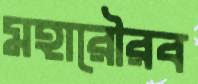
মহারৌরব